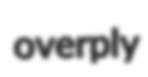
overply